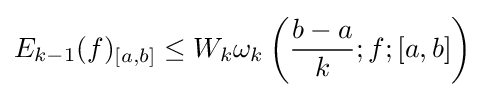
E_{k-1}(f)_{[a,b]}\leq W_{k}\omega _{k}\left({\frac {b-a}{k}};f;[a,b]\right)